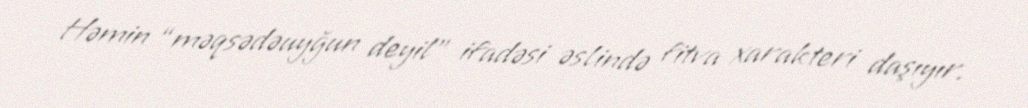
Həmin “məqsədəuyğun deyil” ifadəsi əslində fitva xarakteri daşıyır.